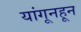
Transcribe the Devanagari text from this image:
यांगूनहून